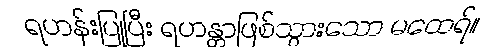
ရဟန်းပြုပြီး ရဟန္တာဖြစ်သွားသော မထေရ်။